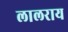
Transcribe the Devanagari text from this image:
लालराय